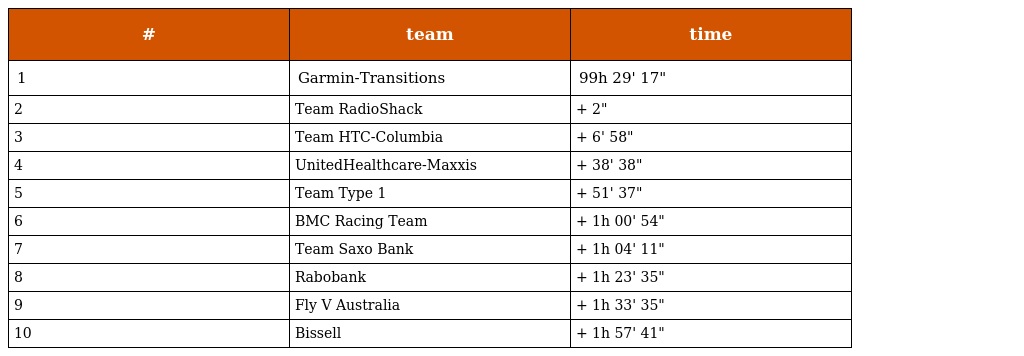
| # | team | time |
 | --- | --- | --- |
 | 1 | Garmin-Transitions | 99h 29' 17" |
 | 2 | Team RadioShack | + 2" |
 | 3 | Team HTC-Columbia | + 6' 58" |
 | 4 | UnitedHealthcare-Maxxis | + 38' 38" |
 | 5 | Team Type 1 | + 51' 37" |
 | 6 | BMC Racing Team | + 1h 00' 54" |
 | 7 | Team Saxo Bank | + 1h 04' 11" |
 | 8 | Rabobank | + 1h 23' 35" |
 | 9 | Fly V Australia | + 1h 33' 35" |
 | 10 | Bissell | + 1h 57' 41" |